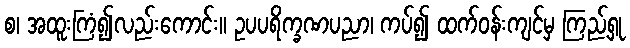
စ၊ အထူးကြံ၍လည်းကောင်း။ ဥပပရိက္ခဏပညာ၊ ကပ်၍ ထက်ဝန်းကျင်မှ ကြည့်ရှု